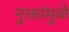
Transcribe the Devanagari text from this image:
नुक्तांमुळे